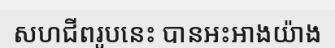
សហជីពរូបនេះ បានអះអាងយ៉ាង